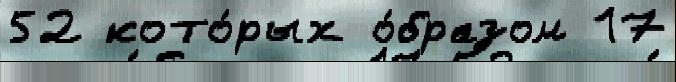
52 кото́рых о́бразом 17